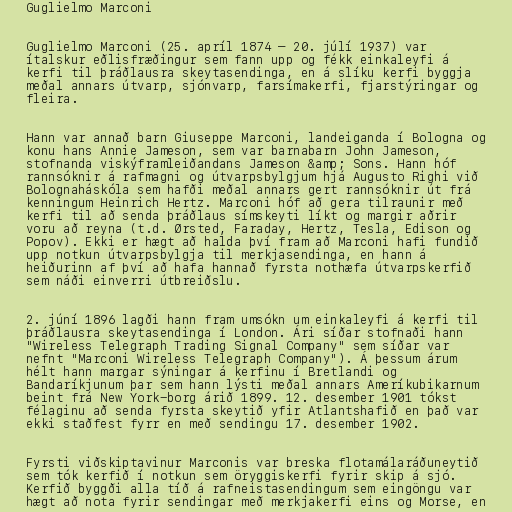
Guglielmo Marconi

Guglielmo Marconi (25. apríl 1874 – 20. júlí 1937) var
ítalskur eðlisfræðingur sem fann upp og fékk einkaleyfi á
kerfi til þráðlausra skeytasendinga, en á slíku kerfi byggja
meðal annars útvarp, sjónvarp, farsímakerfi, fjarstýringar og
fleira.

Hann var annað barn Giuseppe Marconi, landeiganda í Bologna og
konu hans Annie Jameson, sem var barnabarn John Jameson,
stofnanda viskýframleiðandans Jameson &amp; Sons. Hann hóf
rannsóknir á rafmagni og útvarpsbylgjum hjá Augusto Righi við
Bolognaháskóla sem hafði meðal annars gert rannsóknir út frá
kenningum Heinrich Hertz. Marconi hóf að gera tilraunir með
kerfi til að senda þráðlaus símskeyti líkt og margir aðrir
voru að reyna (t.d. Ørsted, Faraday, Hertz, Tesla, Edison og
Popov). Ekki er hægt að halda því fram að Marconi hafi fundið
upp notkun útvarpsbylgja til merkjasendinga, en hann á
heiðurinn af því að hafa hannað fyrsta nothæfa útvarpskerfið
sem náði einverri útbreiðslu.

2. júní 1896 lagði hann fram umsókn um einkaleyfi á kerfi til
þráðlausra skeytasendinga í London. Ári síðar stofnaði hann
"Wireless Telegraph Trading Signal Company" sem síðar var
nefnt "Marconi Wireless Telegraph Company"). Á þessum árum
hélt hann margar sýningar á kerfinu í Bretlandi og
Bandaríkjunum þar sem hann lýsti meðal annars Ameríkubikarnum
beint frá New York-borg árið 1899. 12. desember 1901 tókst
félaginu að senda fyrsta skeytið yfir Atlantshafið en það var
ekki staðfest fyrr en með sendingu 17. desember 1902.

Fyrsti viðskiptavinur Marconis var breska flotamálaráðuneytið
sem tók kerfið í notkun sem öryggiskerfi fyrir skip á sjó.
Kerfið byggði alla tíð á rafneistasendingum sem eingöngu var
hægt að nota fyrir sendingar með merkjakerfi eins og Morse, en